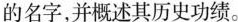
的名字，并概述其历史功绩。